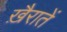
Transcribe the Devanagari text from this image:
ख़ैरातें